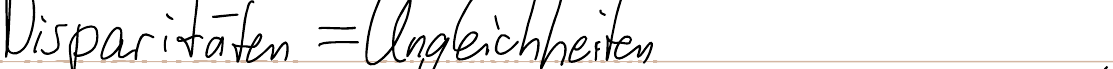
Disparitäten = Ungleichheiten